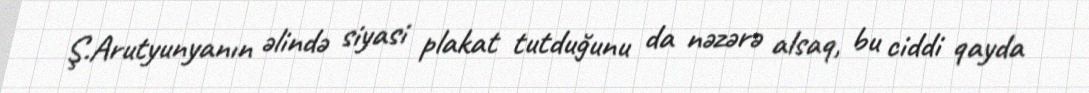
Ş.Arutyunyanın əlində siyasi plakat tutduğunu da nəzərə alsaq, bu ciddi qayda